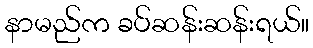
နာမည်က ခပ်ဆန်းဆန်းရယ်။